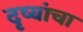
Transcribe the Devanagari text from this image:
दृष्यांचा